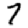
Digit: 7